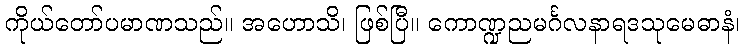
ကိုယ်တော်ပမာဏသည်။ အဟောသိ၊ ဖြစ်ပြီ။ ကောဏ္ဍညမင်္ဂလနာရဒသုမေဓာနံ၊